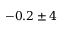
- 0 . 2 \pm 4